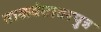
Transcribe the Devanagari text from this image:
वाळवंटावरपुत्र